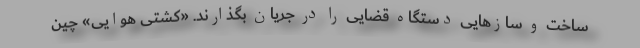
ساخت و سازهایی دستگاه قضایی را در جریان بگذارند. «کشتی هوایی» چین